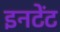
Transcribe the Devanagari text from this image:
इनटेंट